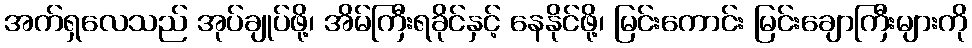
အက်ရှလေသည် အုပ်ချုပ်ဖို့၊ အိမ်ကြီးရခိုင်နှင့် နေနိုင်ဖို့၊ မြင်းကောင်း မြင်းချောကြီးများကို